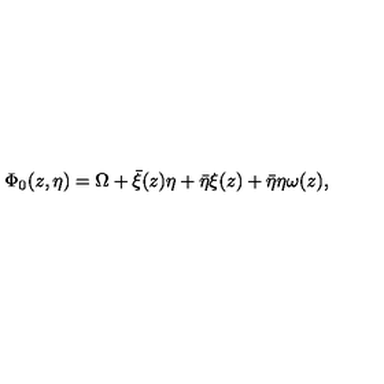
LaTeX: \Phi _ { 0 } ( z , \eta ) = \Omega + \bar { \xi } ( z ) \eta + \bar { \eta } \xi ( z ) + \bar { \eta } \eta \omega ( z ) ,